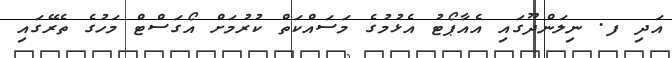
އަދި ފ. ނިލަންދޫގައި އެއާޕޯޓު އެޅުމުގެ މަސައްކަތް ކުރުމަށް އޯގަސްޓް މަހުގެ ތެރޭގައި